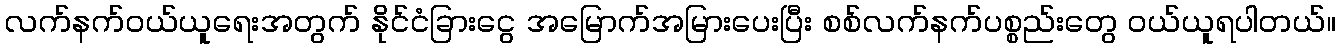
လက်နက်ဝယ်ယူရေးအတွက် နိုင်ငံခြားငွေ အမြောက်အမြားပေးပြီး စစ်လက်နက်ပစ္စည်းတွေ ဝယ်ယူရပါတယ်။